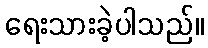
ရေးသားခဲ့ပါသည်။